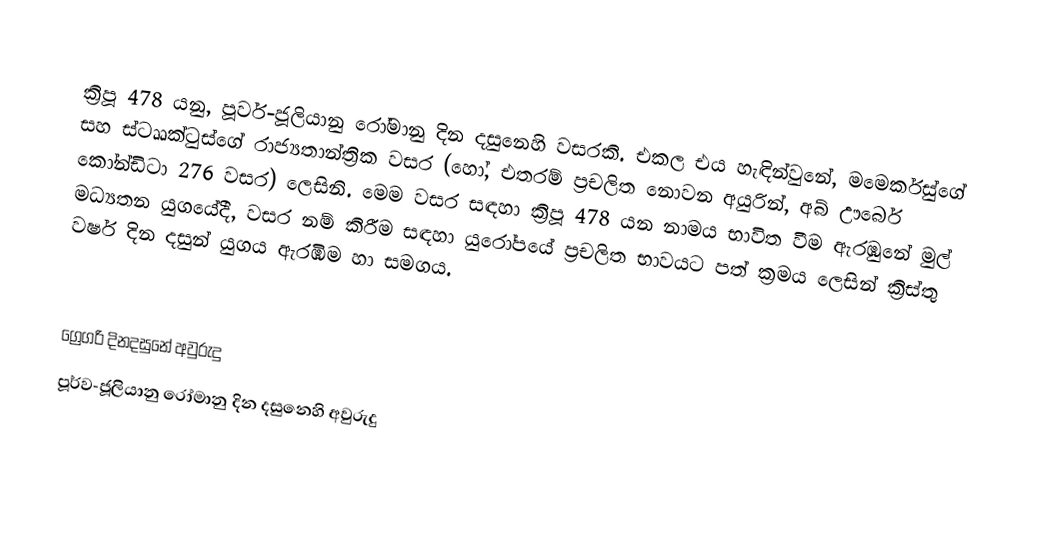

ක්‍රිපූ 478 යනු, පූර්ව-ජූලියානු රෝමානු දින දසුනෙහි වසරකි. එකල එය හැඳින්වුනේ, මමෙර්කුස්ගේ සහ ස්ටෲක්ටුස්ගේ රාජ්‍යතාන්ත්‍රික වසර (හෝ, එතරම් ප්‍රචලිත නොවන අයුරින්, අබ් ඌර්බෙ කෝන්ඩිටා 276 වසර) ලෙසිනි. මෙම වසර සඳහා ක්‍රිපූ 478 යන නාමය භාවිත වීම ඇරඹුනේ මුල්  මධ්‍යතන යුගයේදී, වසර නම් කිරීම සඳහා යුරෝපයේ ප්‍රචලිත භාවයට පත් ක්‍රමය ලෙසින් ක්‍රිස්තු වර්ෂ දින දසුන් යුගය ඇරඹීම හා සමගය.

ග්‍රෙගරි දිනදසුනේ අවුරුදු
පූර්ව-ජූලියානු රෝමානු දින දසුනෙහි අවුරුදු